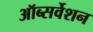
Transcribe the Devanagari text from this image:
ऑब्सर्वेशन